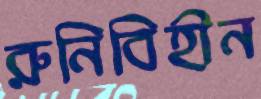
রুনিবিহীন